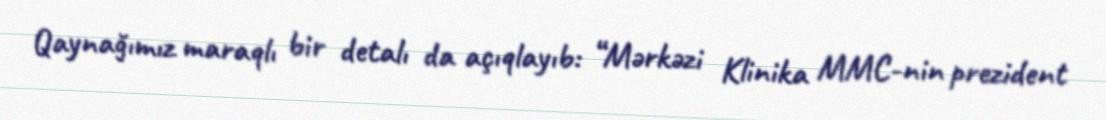
Qaynağımız maraqlı bir detalı da açıqlayıb: “Mərkəzi Klinika MMC-nin prezident